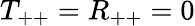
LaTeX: T_{++}=R_{++}=0